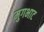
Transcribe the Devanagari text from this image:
मुगभाट